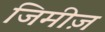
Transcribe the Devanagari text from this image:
जिमीज़